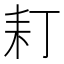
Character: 耓